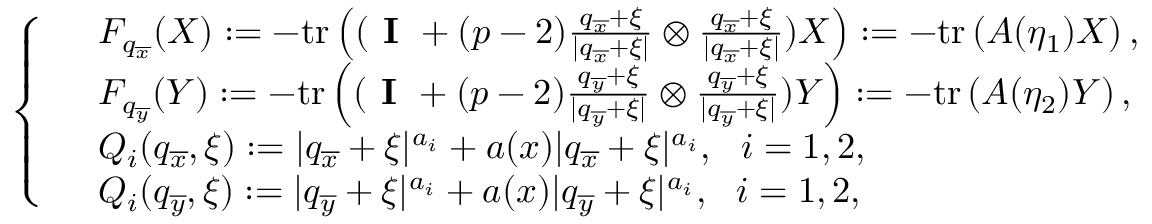
\left\{ \begin{array} { r l } & { F _ { q _ { \overline { { x } } } } ( X ) : = - \mathrm { t r } \left( ( \textbf { I } + ( p - 2 ) \frac { q _ { \overline { { x } } } + \xi } { | q _ { \overline { { x } } } + \xi | } \otimes \frac { q _ { \overline { { x } } } + \xi } { | q _ { \overline { { x } } } + \xi | } ) X \right) : = - \mathrm { t r } \left( A ( \eta _ { 1 } ) X \right) , } \\ & { F _ { q _ { \overline { { y } } } } ( Y ) : = - \mathrm { t r } \left( ( \textbf { I } + ( p - 2 ) \frac { q _ { \overline { { y } } } + \xi } { | q _ { \overline { { y } } } + \xi | } \otimes \frac { q _ { \overline { { y } } } + \xi } { | q _ { \overline { { y } } } + \xi | } ) Y \right) : = - \mathrm { t r } \left( A ( \eta _ { 2 } ) Y \right) , } \\ & { Q _ { i } ( q _ { \overline { { x } } } , \xi ) : = | q _ { \overline { { x } } } + \xi | ^ { a _ { i } } + a ( x ) | q _ { \overline { { x } } } + \xi | ^ { a _ { i } } , \ \ i = 1 , 2 , } \\ & { Q _ { i } ( q _ { \overline { { y } } } , \xi ) : = | q _ { \overline { { y } } } + \xi | ^ { a _ { i } } + a ( x ) | q _ { \overline { { y } } } + \xi | ^ { a _ { i } } , \ \ i = 1 , 2 , } \end{array} \right.